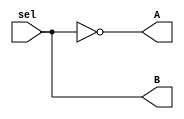
module decoder (sel, A, B);
input sel;
output A, B;

assign A= ~sel;
assign B= sel;

endmodule